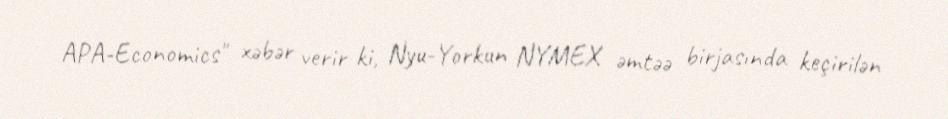
APA-Economics" xəbər verir ki, Nyu-Yorkun NYMEX əmtəə birjasında keçirilən